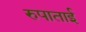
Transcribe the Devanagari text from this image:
रुपाताई